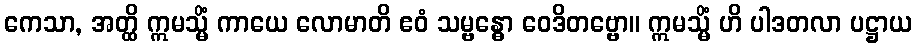
ကေသာ, အတ္ထိ ဣမသ္မိံ ကာယေ လောမာတိ ဧဝံ သမ္ဗန္ဓော ဝေဒိတဗ္ဗော။ ဣမသ္မိံ ဟိ ပါဒတလာ ပဋ္ဌာယ